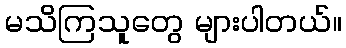
မသိကြသူတွေ များပါတယ်။